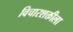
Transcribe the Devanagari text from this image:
विचारशक्तीला